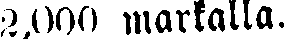
2,000 markalla.